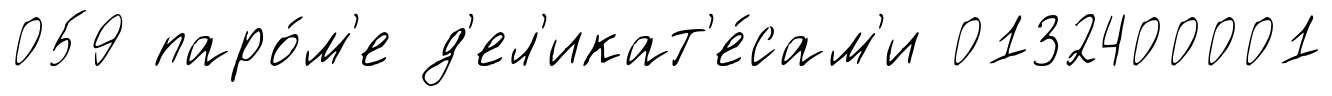
059 паро́м'е д'ел'икат'е́сам'и 0132400001